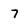
Character: 7